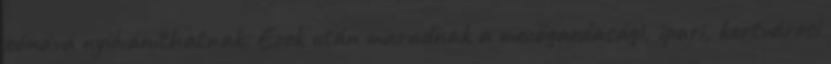
zónává nyilváníthatnak. Ezek után maradnak a mezőgazdasági, ipari, kertvárosi